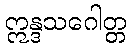
ဣန္ဒသဂေါတ္တ